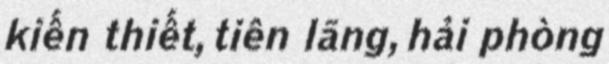
kiến thiết, tiên lãng, hải phòng